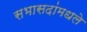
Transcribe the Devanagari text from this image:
सभासदांमधले